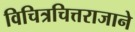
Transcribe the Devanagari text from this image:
विचित्रचित्तराजाने